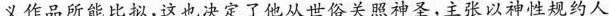
义作品所能比拟，这也决定了他从世俗关照神圣，主张以神性规约人